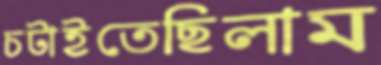
চটাইতেছিলাম